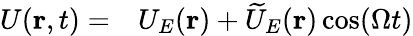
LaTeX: \begin{array}{rl}{U(\mathbf{r},t)=}&{{}U_{E}(\mathbf{r})+\widetilde{U}_{E}(\mathbf{r})\cos(\Omega t)}\end{array}